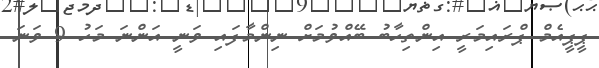
ޕީޕީއެމް ޕްރައިމަރީ އިންތިހާބު ބޭއްވުމަށް ނިންމާފައި ވަނީ އަންނަ މަހު 9 ވަނަ